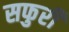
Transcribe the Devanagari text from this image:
सफुरी